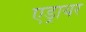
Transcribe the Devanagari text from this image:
एड्रायर